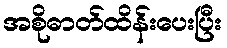
အစိုဓာတ်ထိန်းပေးပြီး